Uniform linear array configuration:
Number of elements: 12
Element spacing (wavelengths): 0.25
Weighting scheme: hann
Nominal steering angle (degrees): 0
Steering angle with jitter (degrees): -0.1841
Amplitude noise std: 0.05
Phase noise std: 0.05

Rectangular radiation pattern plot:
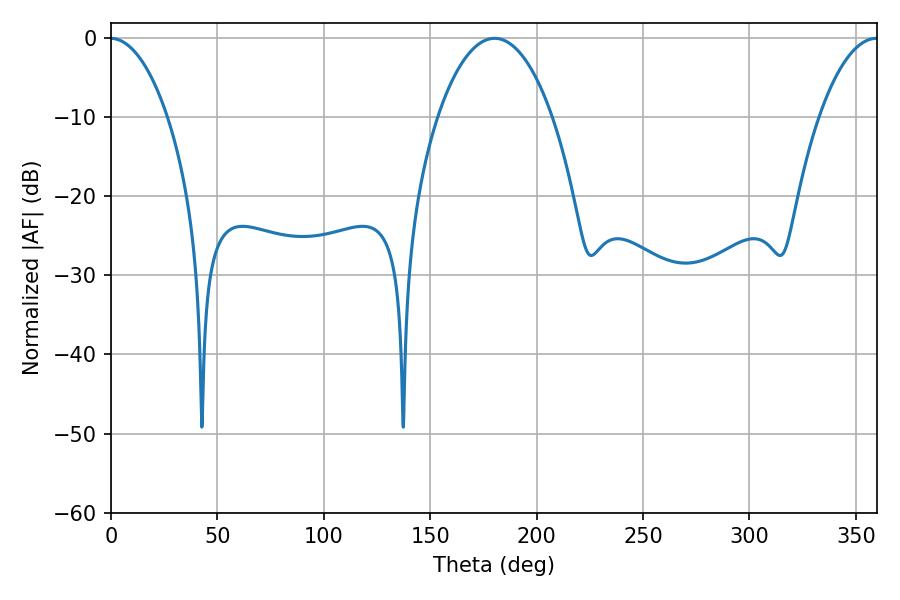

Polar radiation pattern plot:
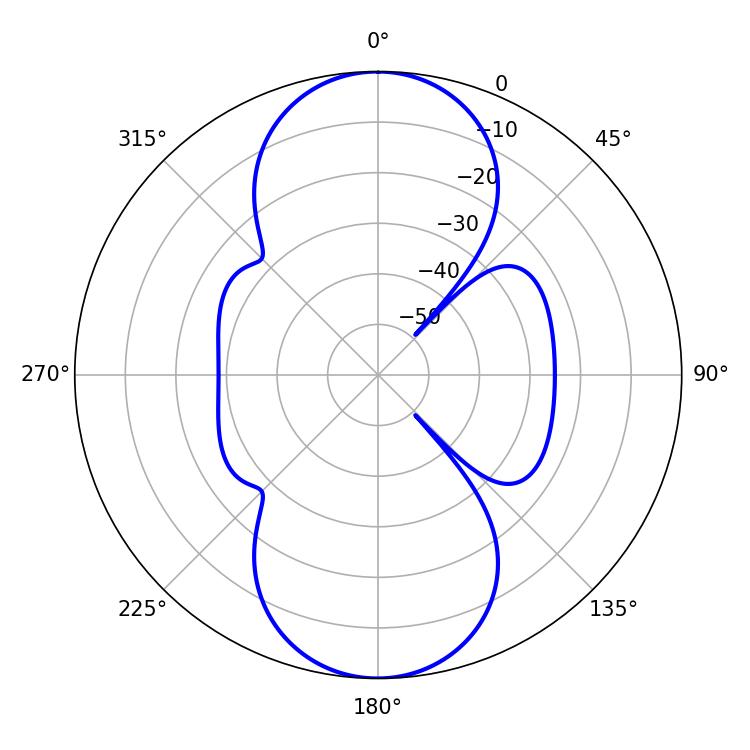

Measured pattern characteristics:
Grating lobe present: FALSE
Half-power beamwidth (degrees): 30.06
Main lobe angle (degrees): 180.18